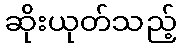
ဆိုးယုတ်သည့်